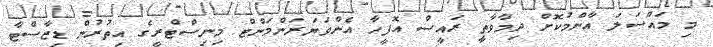
މި މައްސަލަ އާންމުކޮށް ދިމާވާތީ ރައީސް އޮފީހާ އެންވަޔަރަންމަންޓް މިނިސްޓްރީގެ އިތުރުން ޑިޒާސްޓާ